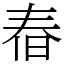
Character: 㫪